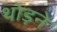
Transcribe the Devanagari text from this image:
थोड़ने